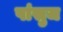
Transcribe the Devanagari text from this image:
पांसुज